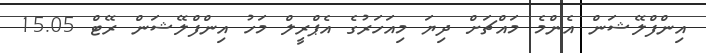
އިންފްލޭޝަން އެންމެ މައްޗަށް ދިޔަ މިއަހަރުގެ އެޕްރީލް މަހު އިންފްލޭޝަން ރޭޓް 15.05